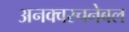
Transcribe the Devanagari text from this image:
अनक्वस्चनेबल